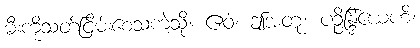
မီးကိုသတ်ငြိမ်းစေသကဲ့သို့။ ဧဝံ၊ ဤအတူ။ ပဉ္စိန္ဒြိယေဟိ၊